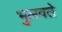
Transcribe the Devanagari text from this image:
भुलवते